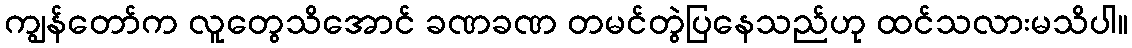
ကျွန်တော်က လူတွေသိအောင် ခဏခဏ တမင်တွဲပြနေသည်ဟု ထင်သလားမသိပါ။